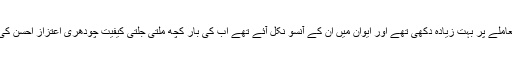
اگرچہ اس وقت منظوری متفقہ تھی تاہم چیئرمین سینیٹ رضا ربانی اِس معاملے پر بہت زیادہ دُکھی تھے اور ایوان میں اُن کے آنسو نکل آئے تھے اب کی بار کچھ ملتی جلتی کیفیت چودھری اعتزاز احسن کی ہے،جنہوں نے کہا ہے کہ بہت دُکھ کے ساتھ فوجی عدالتیں تسلیم کی ہیں۔